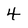
Character: 4